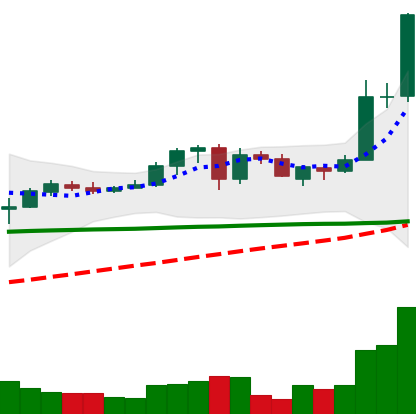
Ticker: ADA-USD
Chart end date: 2020-05-30
Forward return: 15.648%
Label: up_7plus